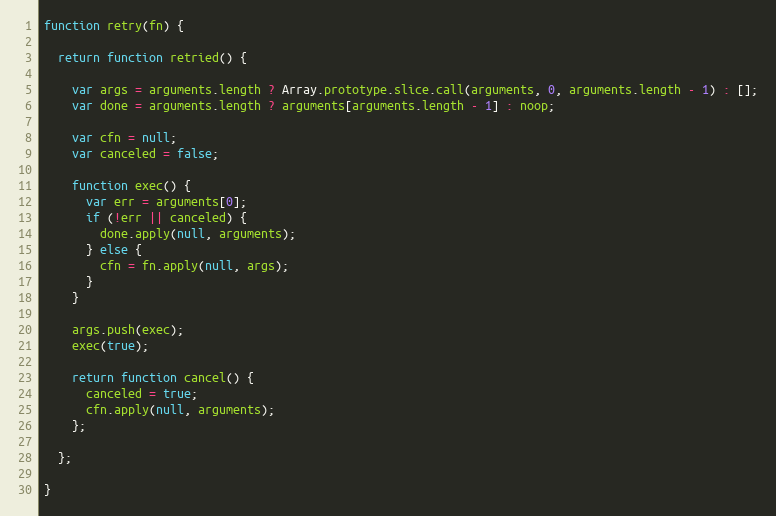
Language: JavaScript
function retry(fn) {

  return function retried() {

    var args = arguments.length ? Array.prototype.slice.call(arguments, 0, arguments.length - 1) : [];
    var done = arguments.length ? arguments[arguments.length - 1] : noop;

    var cfn = null;
    var canceled = false;

    function exec() {
      var err = arguments[0];
      if (!err || canceled) {
        done.apply(null, arguments);
      } else {
        cfn = fn.apply(null, args);
      }
    }

    args.push(exec);
    exec(true);

    return function cancel() {
      canceled = true;
      cfn.apply(null, arguments);
    };

  };

}